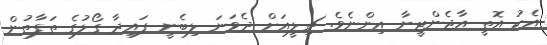
އެކު އޮތީ އާޖެންޓީނާ އިންނެވެ. ޗިލީއަށް ދެވަނަ ލިބެނީ ފައިދާ ގޯލުގެ ތަފާތުން